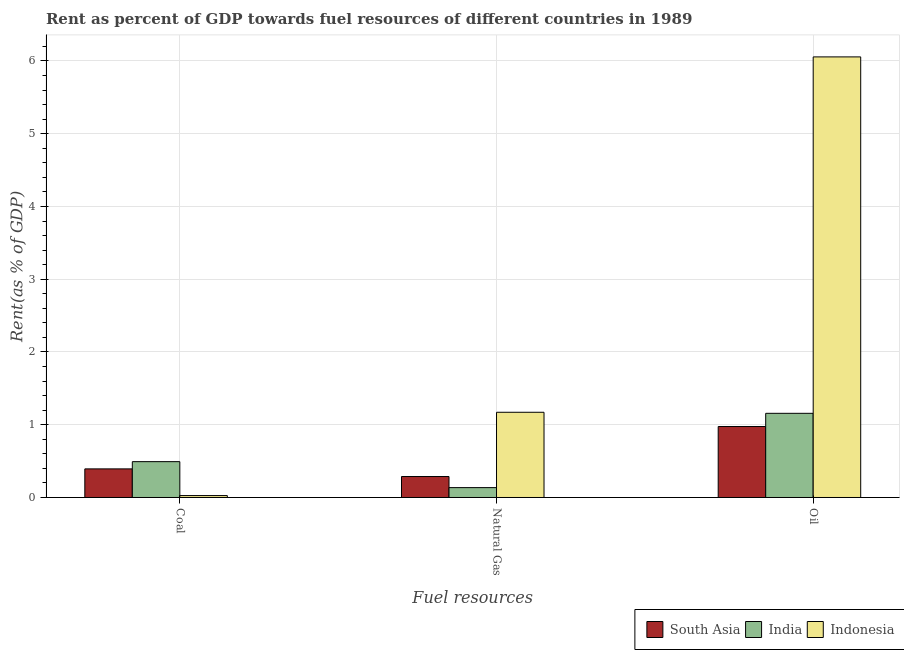
| Fuel resources | South Asia | India | Indonesia |
 | --- | --- | --- | --- |
 | Coal | 0.393 | 0.493 | 0.0263 |
 | Natural Gas | 0.288 | 0.136 | 1.17 |
 | Oil | 0.975 | 1.16 | 6.06 |